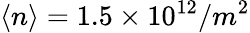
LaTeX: \langle n\rangle=1.5\times 10^{12}/m^{2}